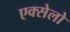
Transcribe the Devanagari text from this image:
एक्सेलो